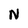
Character: N